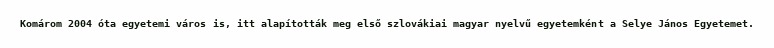
Komárom 2004 óta egyetemi város is, itt alapították meg első szlovákiai magyar nyelvű egyetemként a Selye János Egyetemet.